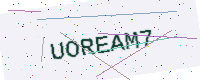
Text: UOREAM7